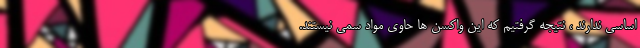
اساسی ندارند ، نتیجه گرفتیم که این واکسن ها حاوی مواد سمی نیستند.